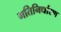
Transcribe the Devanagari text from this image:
गतिनिर्धारण